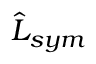
\hat { L } _ { s y m }